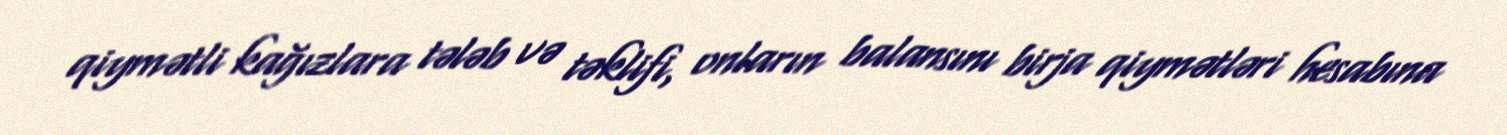
qiymətli kağızlara tələb və təklifi, onların balansını birja qiymətləri hesabına